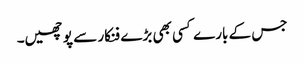
جس کے بارے کسی بھی بڑے فنکار سے پوچھیں۔